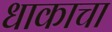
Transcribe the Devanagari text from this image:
धाकाचा